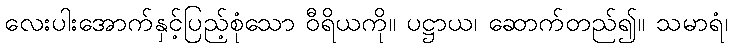
လေးပါးအောက်နှင့်ပြည့်စုံသော ဝီရိယကို။ ပဋ္ဌာယ၊ ဆောက်တည်၍။ သမာရံ၊